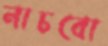
নাচবো